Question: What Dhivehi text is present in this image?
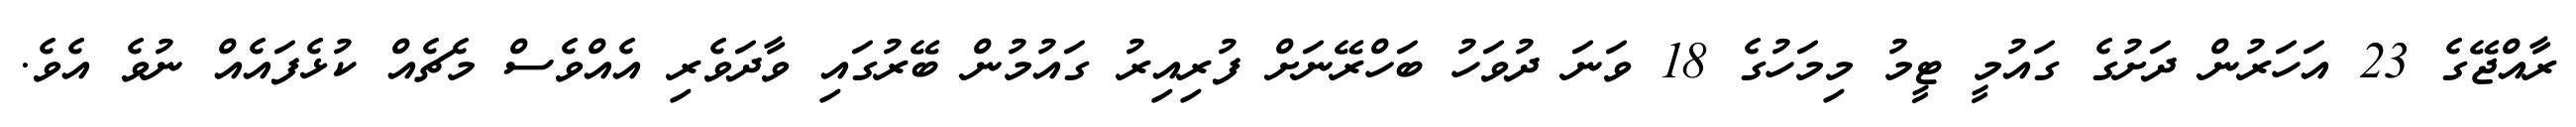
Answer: ރާއްޖޭގެ 23 އަހަރުން ދަށުގެ ގައުމީ ޓީމު މިމަހުގެ 18 ވަނަ ދުވަހު ބަހްރޭނަށް ފުރިއިރު ގައުމުން ބޭރުގައި ވާދަވެރި އެއްވެސް މެޗެއް ކުޅެފައެއް ނުވެ އެވެ.